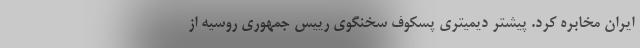
ایران مخابره کرد. پیشتر دیمیتری پسکوف سخنگوی رییس جمهوری روسیه از